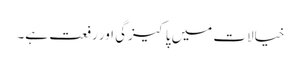
خیالات میں پاکیزگی اور رفعت ہے۔